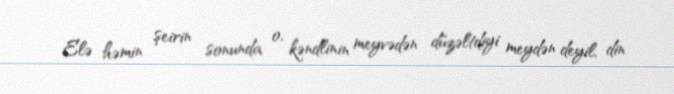
Elə həmin şeirin sonunda o, kəndlinin meyvədən düzəltdiyi meydən deyil, din